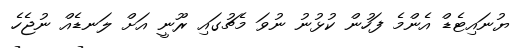
ޔުނައިޓެޑް އެންމެ ފަހުން ކުޅުނު ނުވަ މެޗުގައި ރޫނީ އަށް ލަނޑެއް ނުޖެހެ